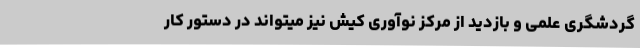
گردشگری علمی و بازدید از مرکز نوآوری کیش نیز میتواند در دستور کار